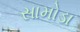
સામોડા